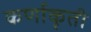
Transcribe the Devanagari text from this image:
कर्णाकृती